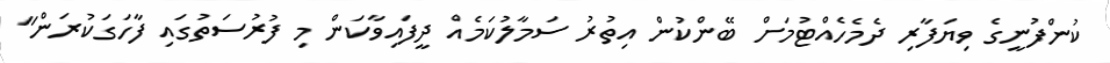
ކުންފުނީގެ ވިޔަފާރި ދެމެހެއްޓުމަށް ބޭންކުން އިތުރު ސަމާލުކަމެއް ދީފައިވާކަން މި ފުރުސަތުގައި ފާހަގަކުރަން"